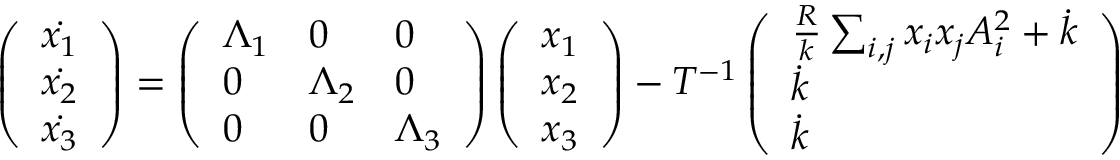
\begin{array} { r l } & { \left( \begin{array} { l } { \dot { x _ { 1 } } } \\ { \dot { x _ { 2 } } } \\ { \dot { x _ { 3 } } } \end{array} \right) = \left( \begin{array} { l l l } { \Lambda _ { 1 } } & { 0 } & { 0 } \\ { 0 } & { \Lambda _ { 2 } } & { 0 } \\ { 0 } & { 0 } & { \Lambda _ { 3 } } \end{array} \right) \left( \begin{array} { l } { x _ { 1 } } \\ { x _ { 2 } } \\ { x _ { 3 } } \end{array} \right) - T ^ { - 1 } \left( \begin{array} { l } { \frac { R } { k } \sum _ { i , j } x _ { i } x _ { j } A _ { i } ^ { 2 } + \dot { k } } \\ { \dot { k } } \\ { \dot { k } } \end{array} \right) } \end{array}